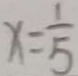
x = \frac { 1 } { 5 }